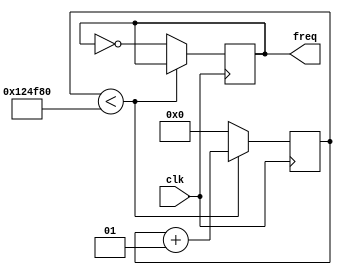
`timescale 1ns / 1ps

module divfreq_faster(	
	input clk,
	output reg freq
    );
	 
	 integer cont;
	 parameter lim=1200000;
	 
	 initial
		begin
			cont=0;
			freq = 0;
		end
	 
	 always @(posedge clk)
		begin
			if(cont<lim) cont=cont+1;
			else
				begin
					cont=0;
					freq=~freq;
				end
		end

endmodule